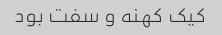
کیک کهنه و سفت بود